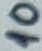
Text: 10